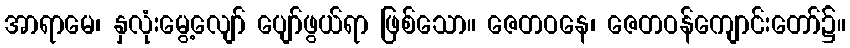
အာရာမေ၊ နှလုံးမွေ့လျော် ပျော်ဖွယ်ရာ ဖြစ်သော။ ဇေတဝနေ၊ ဇေတဝန်ကျောင်းတော်၌။